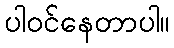
ပါဝင်နေတာပါ။